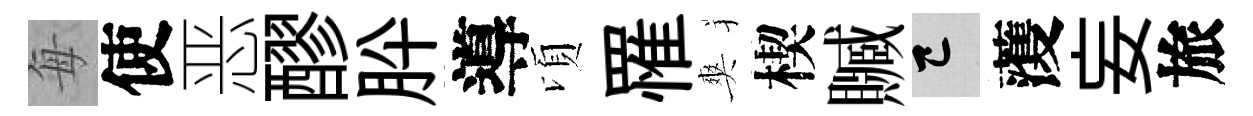
每使恶醪肸導頃罹爽楔贓巳𮑮妄旅